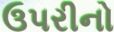
ઉપરીનો